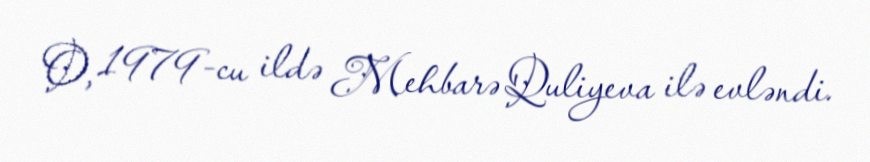
O, 1979-cu ildə Mehbarə Quliyeva ilə evləndi.